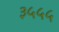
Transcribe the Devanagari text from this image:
३५५५